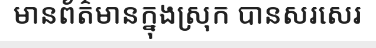
មានព័ត៌មានក្នុងស្រុក បានសរសេរ